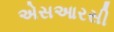
એસઆરસી